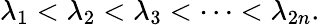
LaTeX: \lambda_{1}<\lambda_{2}<\lambda_{3}<\cdots<\lambda_{2n}.